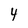
Character: 4